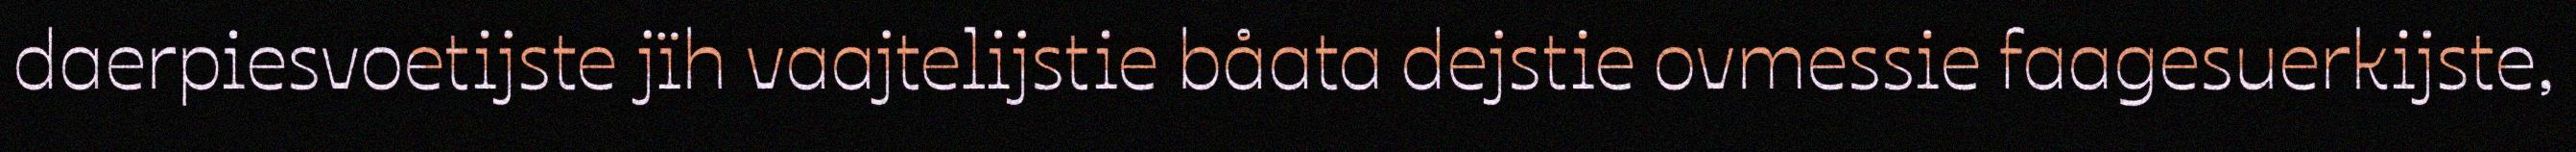
daerpiesvoetijste jïh vaajtelijstie båata dejstie ovmessie faagesuerkijste,